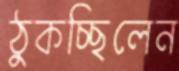
ঠুকচ্ছিলেন